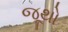
જૂથો